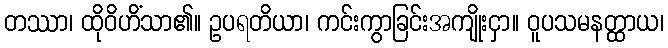
တဿာ၊ ထိုဝိဟိံသာ၏။ ဥပရတိယာ၊ ကင်းကွာခြင်းအကျိုးငှာ။ ဝူပသမနတ္ထာယ၊